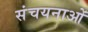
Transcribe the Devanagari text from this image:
संचयनाओं